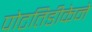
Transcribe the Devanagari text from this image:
पोटतिडीकेने